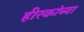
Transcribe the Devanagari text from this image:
हीरकांच्या